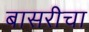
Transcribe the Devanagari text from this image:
बासरीचा